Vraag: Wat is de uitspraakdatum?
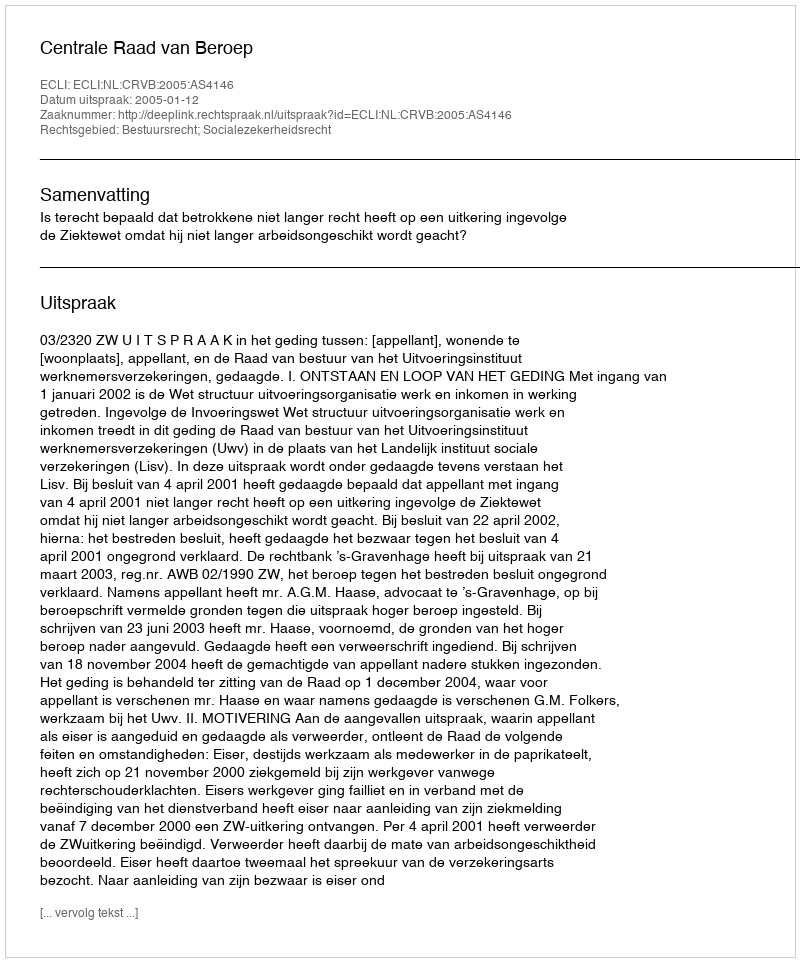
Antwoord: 2005-01-12